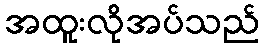
အထူးလိုအပ်သည်